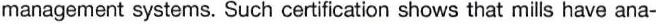
management systems. Such certification shows that mills have ana-